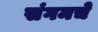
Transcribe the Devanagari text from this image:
संगमचे